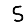
Digit: 5